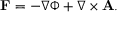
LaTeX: \mathbf { F } = - \nabla \Phi + \nabla \times \mathbf { A } .